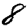
Digit: 8